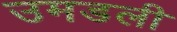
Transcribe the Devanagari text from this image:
उमडली